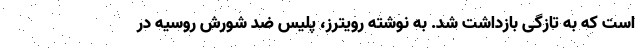
است که به تازگی بازداشت شد. به نوشته رویترز، پلیس ضد شورش روسیه در